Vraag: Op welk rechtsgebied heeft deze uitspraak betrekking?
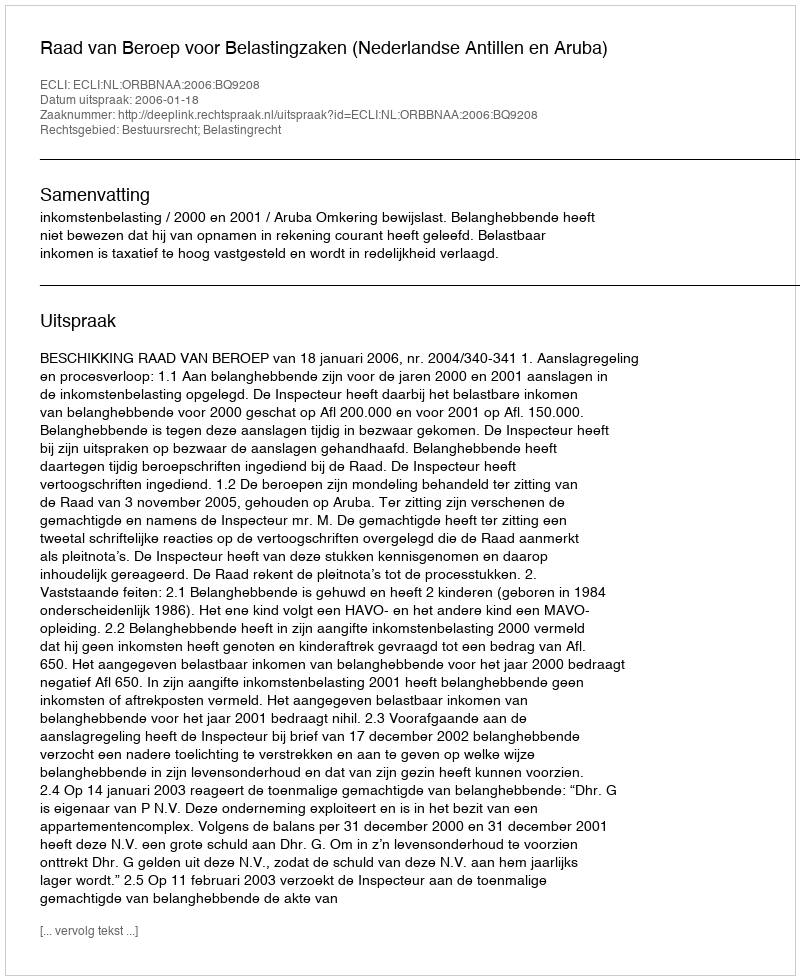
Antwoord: Bestuursrecht; Belastingrecht